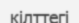
кілттегі